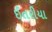
ઈતરીયા